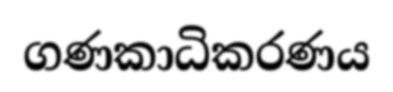
ගණකාධිකරණය